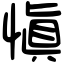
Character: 愼